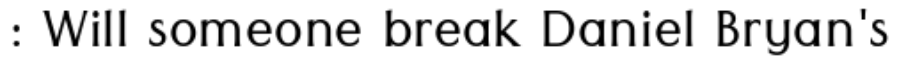
: Will someone break Daniel Bryan's